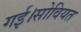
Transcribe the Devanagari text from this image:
गई।सोवियत